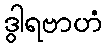
ဒွါရဗာဟံ